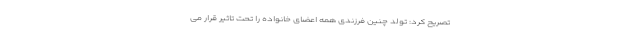
تصریح کرد: تولد چنین فرزندی همه اعضای خانواده را تحت تاثیر قرار می